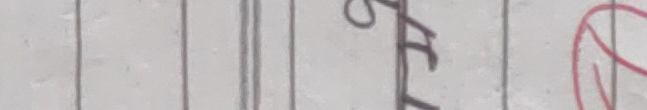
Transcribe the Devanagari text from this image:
हामी